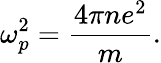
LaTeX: \omega_{p}^{2}={\frac{4\pi ne^{2}}{m}}.